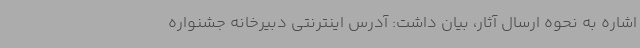
اشاره به نحوه ارسال آثار، بیان داشت: آدرس اینترنتی دبیرخانه جشنواره